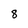
Character: 8